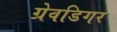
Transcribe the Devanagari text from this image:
ग्रेवडिगर